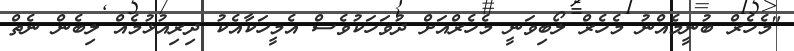
"މެހެރް ބުނީމެއްނު މެހެރް ލޯބިވަނީ މެހެރްއަށް ދުވަހަކުވެސް އެމީހަކާއެކު ދިރިއުޅުމެއް ލިބެން ނެތް